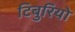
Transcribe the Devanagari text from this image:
टिबुरियो